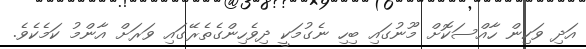
އަދި ވަކިން ހާއްސަކޮށް މޫނުގައި ބިހި ނެގުމަކީ ދިވެހިންގެތެރޭގައި ވަރަށް އާންމު ކަމެކެވެ.